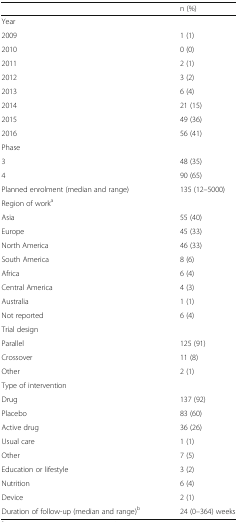
<table><thead><tr><td></td><td><b>n (%)</b></td></tr></thead><tbody><tr><td colspan="2">Year</td></tr><tr><td>2009</td><td>1 (1)</td></tr><tr><td>2010</td><td>0 (0)</td></tr><tr><td>2011</td><td>2 (1)</td></tr><tr><td>2012</td><td>3 (2)</td></tr><tr><td>2013</td><td>6 (4)</td></tr><tr><td>2014</td><td>21 (15)</td></tr><tr><td>2015</td><td>49 (36)</td></tr><tr><td>2016</td><td>56 (41)</td></tr><tr><td colspan="2">Phase</td></tr><tr><td>3</td><td>48 (35)</td></tr><tr><td>4</td><td>90 (65)</td></tr><tr><td>Planned enrolment (median and range)</td><td>135 (12–5000)</td></tr><tr><td colspan="2">Region of work<sup>a</sup></td></tr><tr><td>Asia</td><td>55 (40)</td></tr><tr><td>Europe</td><td>45 (33)</td></tr><tr><td>North America</td><td>46 (33)</td></tr><tr><td>South America</td><td>8 (6)</td></tr><tr><td>Africa</td><td>6 (4)</td></tr><tr><td>Central America</td><td>4 (3)</td></tr><tr><td>Australia</td><td>1 (1)</td></tr><tr><td>Not reported</td><td>6 (4)</td></tr><tr><td colspan="2">Trial design</td></tr><tr><td>Parallel</td><td>125 (91)</td></tr><tr><td>Crossover</td><td>11 (8)</td></tr><tr><td>Other</td><td>2 (1)</td></tr><tr><td colspan="2">Type of intervention</td></tr><tr><td>Drug</td><td>137 (92)</td></tr><tr><td>Placebo</td><td>83 (60)</td></tr><tr><td>Active drug</td><td>36 (26)</td></tr><tr><td>Usual care</td><td>1 (1)</td></tr><tr><td>Other</td><td>7 (5)</td></tr><tr><td>Education or lifestyle</td><td>3 (2)</td></tr><tr><td>Nutrition</td><td>6 (4)</td></tr><tr><td>Device</td><td>2 (1)</td></tr><tr><td>Duration of follow-up (median and range)<sup>b</sup></td><td>24 (0–364) weeks</td></tr></tbody></table>